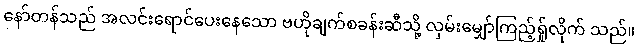
နော်တန်သည် အလင်းရောင်ပေးနေသော ဗဟိုချက်စခန်းဆီသို့ လှမ်းမျှော်ကြည့်ရ်ှုလိုက် သည်။